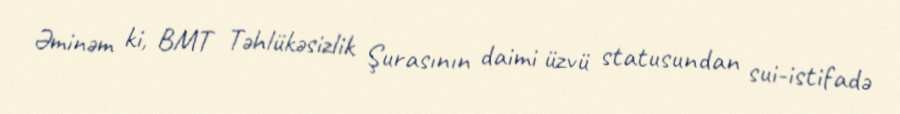
Əminəm ki, BMT Təhlükəsizlik Şurasının daimi üzvü statusundan sui-istifadə